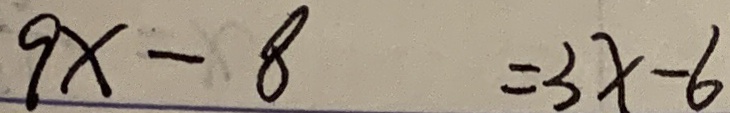
9 x - 8 = 3 x - 6